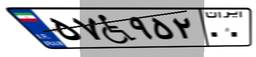
۲۸W۵۱۷۳۳